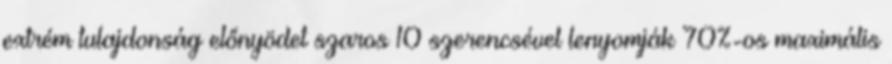
extrém tulajdonság előnyödet szaros 10 szerencsével lenyomják 70%-os maximális